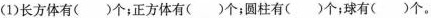
(1)长方体有()个；正方体有()个；圆柱有()个；球有()个。